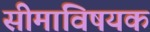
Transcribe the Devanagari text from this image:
सीमाविषयक